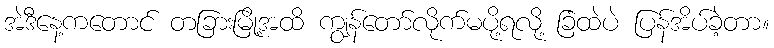
အဲဒီနေ့ကတောင် တခြားမြို့အထိ ကျွန်တော်လိုက်မပို့ရလို့ ခြံထဲပဲ ပြန်အိပ်ခဲ့တာ။